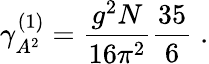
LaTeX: \gamma_{A^{2}}^{(1)}=\frac{g^{2}N}{16\pi^{2}}\frac{35}{6}\; .